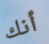
أنك